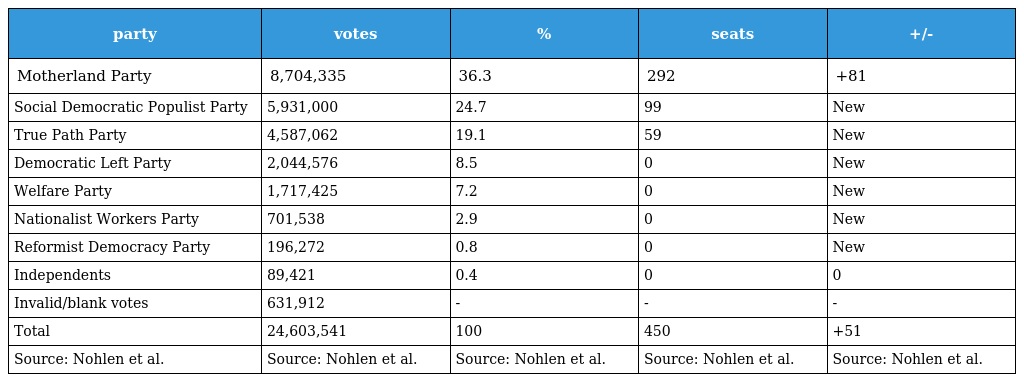
| party | votes | % | seats | +/- |
 | --- | --- | --- | --- | --- |
 | Motherland Party | 8,704,335 | 36.3 | 292 | +81 |
 | Social Democratic Populist Party | 5,931,000 | 24.7 | 99 | New |
 | True Path Party | 4,587,062 | 19.1 | 59 | New |
 | Democratic Left Party | 2,044,576 | 8.5 | 0 | New |
 | Welfare Party | 1,717,425 | 7.2 | 0 | New |
 | Nationalist Workers Party | 701,538 | 2.9 | 0 | New |
 | Reformist Democracy Party | 196,272 | 0.8 | 0 | New |
 | Independents | 89,421 | 0.4 | 0 | 0 |
 | Invalid/blank votes | 631,912 | - | - | - |
 | Total | 24,603,541 | 100 | 450 | +51 |
 | Source: Nohlen et al. | Source: Nohlen et al. | Source: Nohlen et al. | Source: Nohlen et al. | Source: Nohlen et al. |